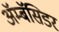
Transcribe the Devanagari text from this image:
ॲम्बॅसिडर